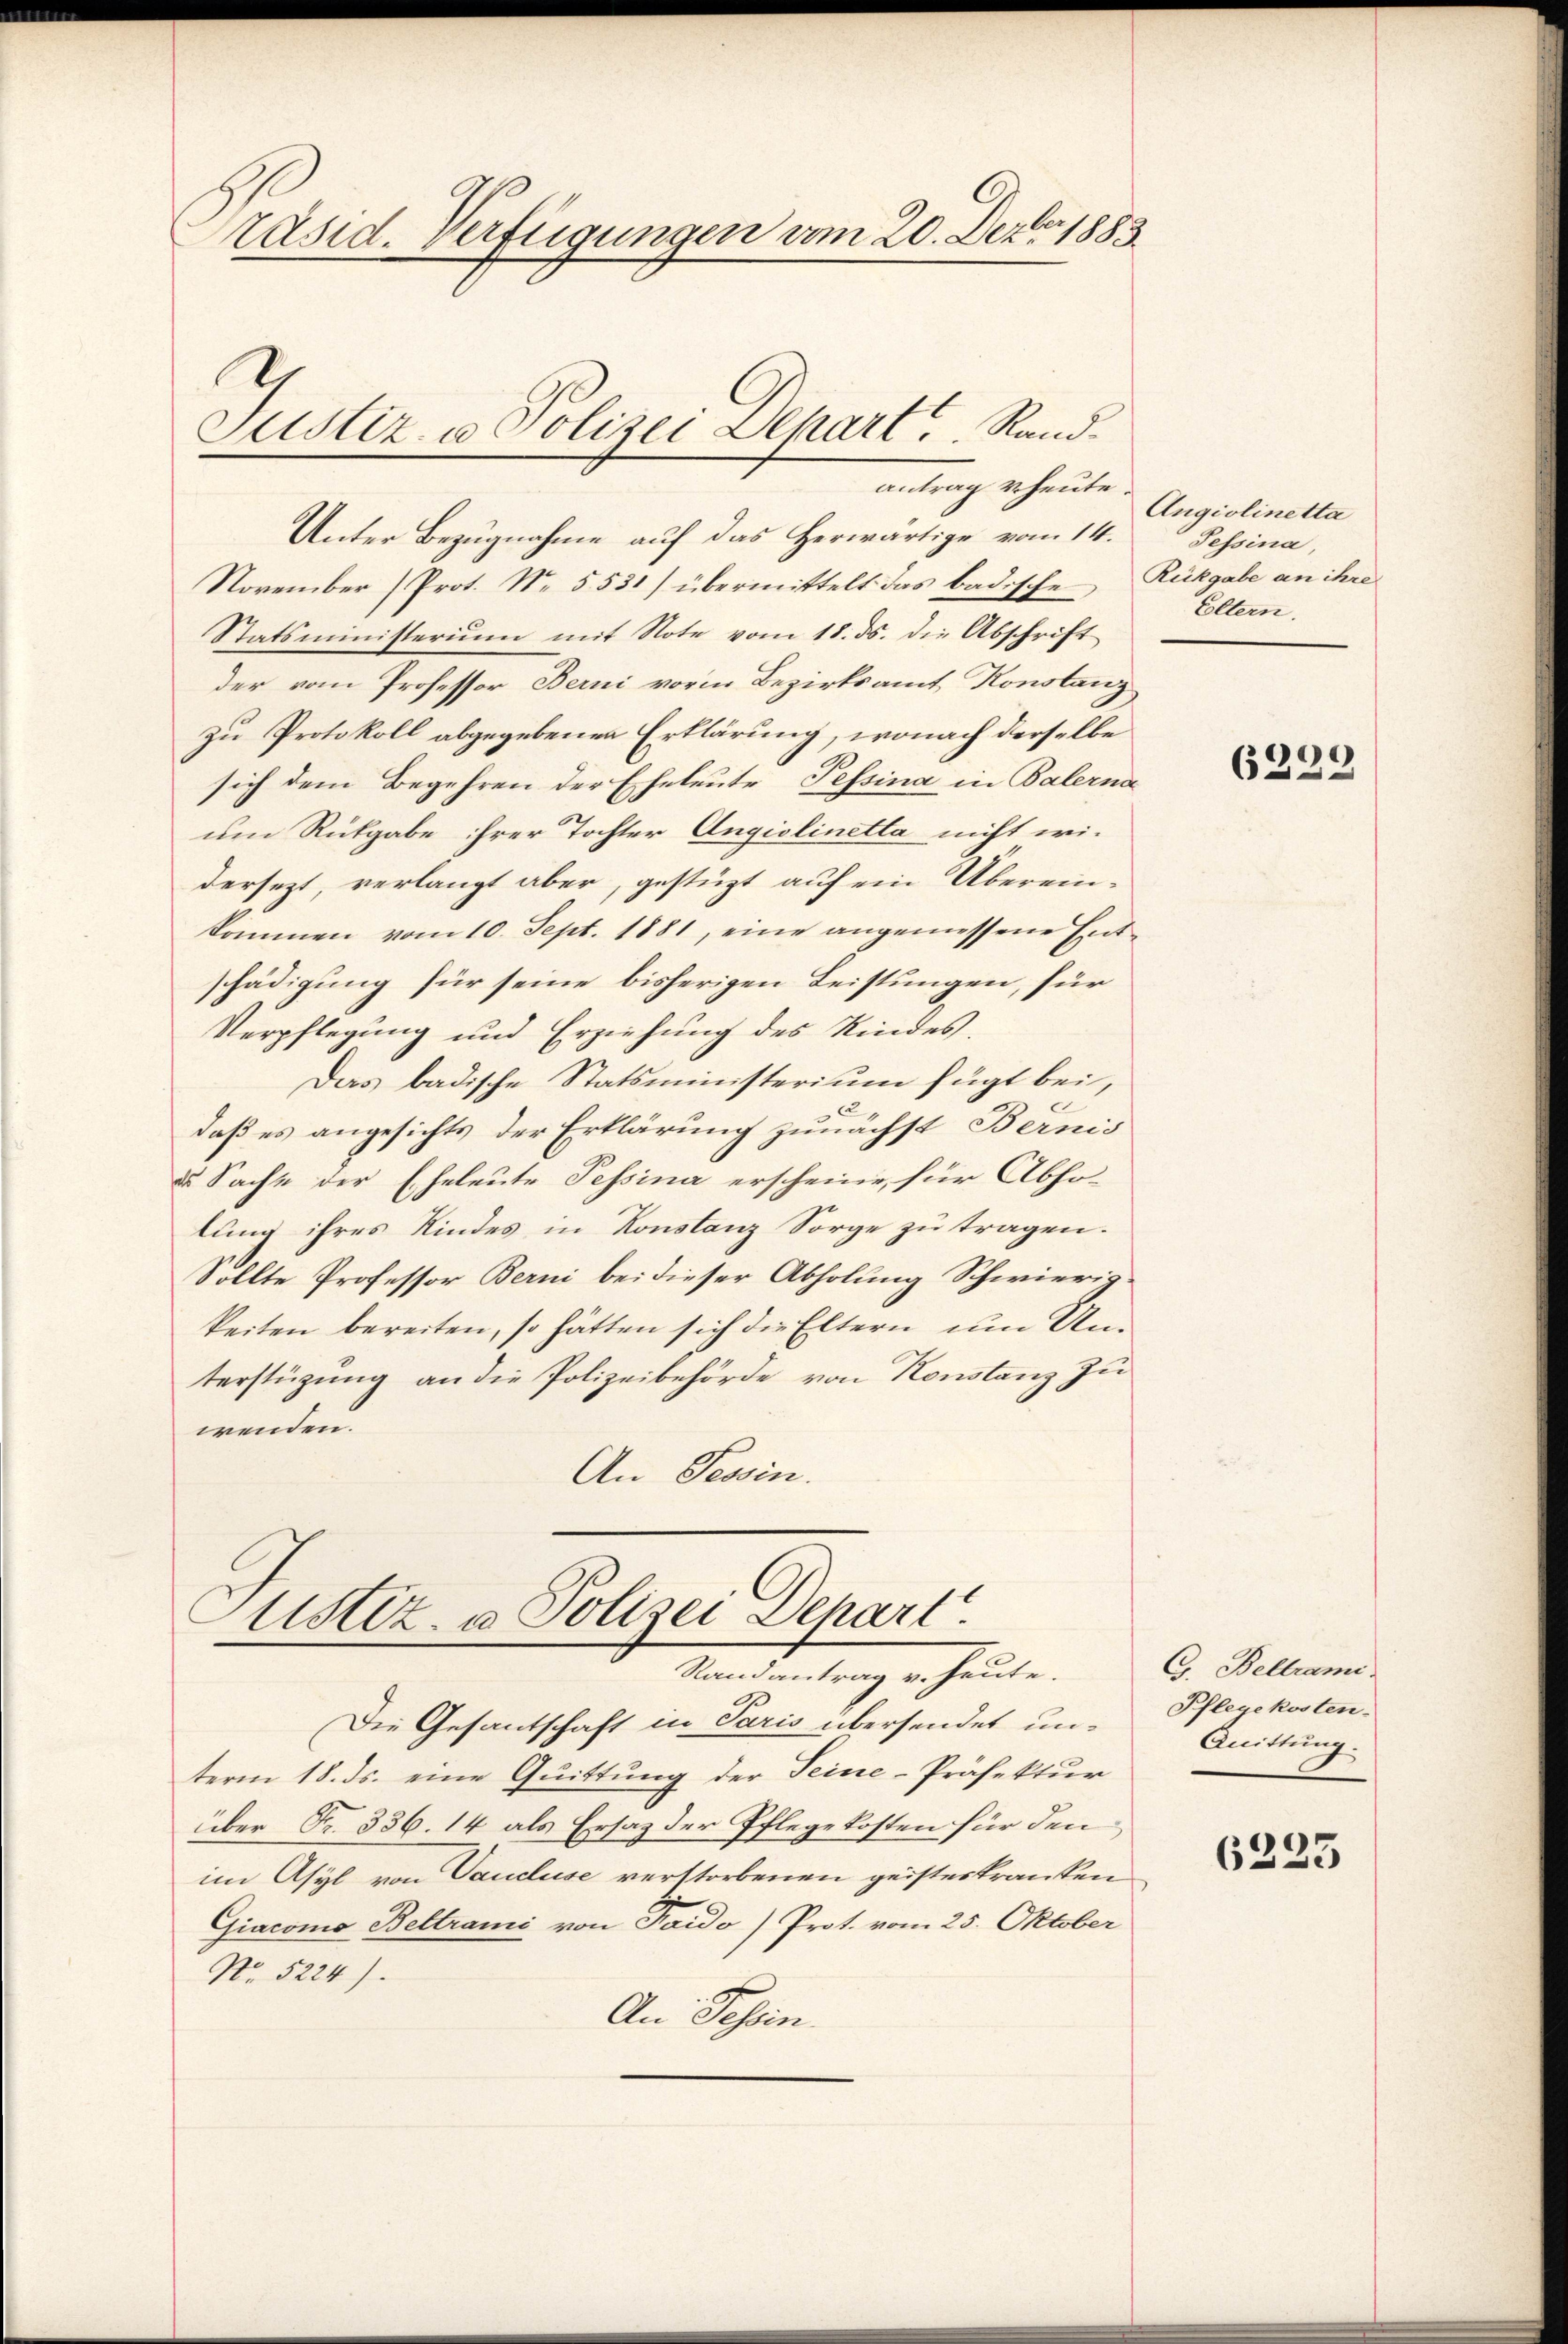
Präsid. Verfügungen vom 20. Dezbr. 1883.

Justiz- u Polizei Depart, Randantrag u. heute.

Unter Bezugnahme auf das Herwärtige vom 14.
November (Prot. No. 5531) übermittelt das badische Rückgabe an ihre
Statsministeriŭm mit Note vom 18. ds. die Abschrift
der vom Professor Berni vorm Bezirksamt Konstanz
zu Protokoll abgegebenen Erklärung, wonach derselbe
sich dem Begehren der Eheleute Pessina in Balerna
um Rückgabe ihrer Tochter Angiolinetta nicht wi-
dersezt, verlangt aber, gestüzt auf ein Überein-
kommen vom 10. Sept. 1881, eine angemessene Ent-
schädigung für seine bisherigen Leistungen, für
Verpflegung und Erziehung des Kindes.
Das badische Statsministerium fügt bei,
daß es angesichts der Erklärung zunächst Bernis
de Sache der Eheleute Pessina erscheine, für Abho-
lung ihres Kindes in Konstanz Sorge zu tragen.
Sollte Professor Berni bei dieser Abholung Schwierig-
keiten bereiten, so hätten sich die Eltern um Unterstützŭng an die Polizeibehörde von Konstanz zŭ-
wenden.
An Tessin.

Custiz- u Polizei Depart.
Randantrag v. heute.

Die Gesantschaft in Paris übersendet unterm 18. ds. eine Quittung der Seine-Präfektur
über Fr. 336. 14 als Ersatz der Pflegekosten für den
im Asyl von Vaucluse verstorbenen geisteskranken
Giacomo Beltrami von Paido) Prot. vom 25. Oktober
No. 5224).
An Tessin.

Angiolinetta
Tessina,
Eltern.

6299

G. Beltrami
Pflegekosten.
Quittung.

6223